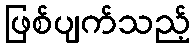
ဖြစ်ပျက်သည့်